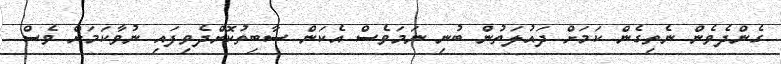
ގެންދެވެން ނެތިގެން ކަމަށް ދައުލަތުން ބުނި ނަމަވެސް އެކަން ސާބިތުކޮށްދެވިފައި ނުވާކަމަށް ވެސް